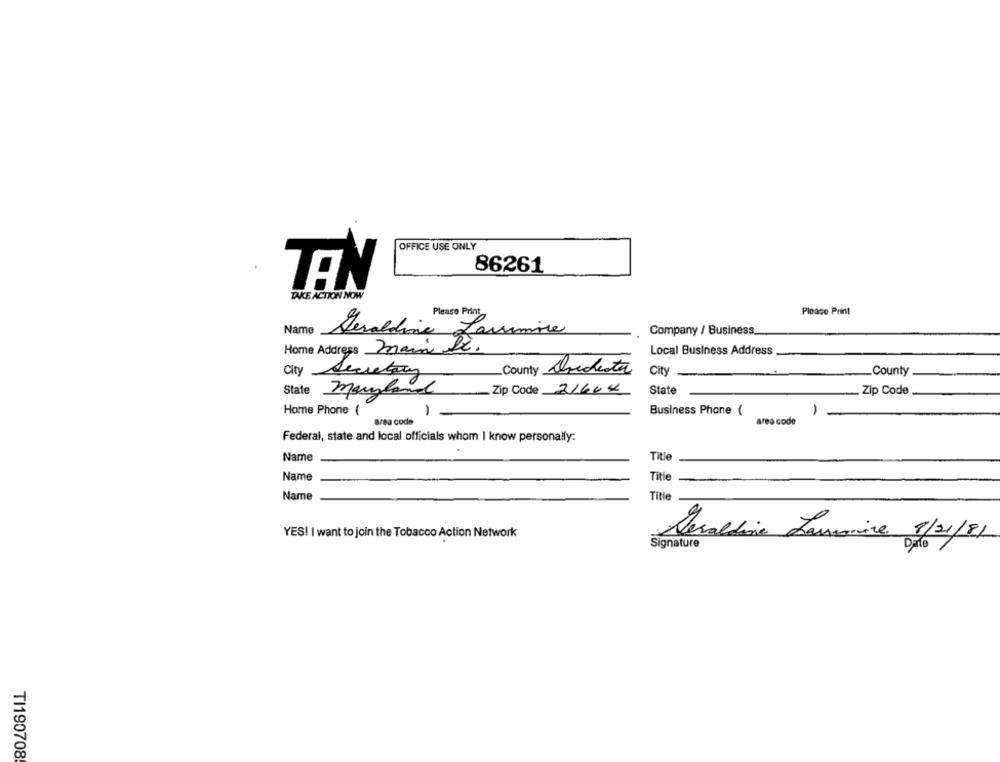
OFFICE USE ONLY
86261
TEN
TAKE ACTION NOW
Please Print
Please Print
Name
Geraldine Larimore
Company / Business
Home Address main De.
Local Business Address
City Secretary
County Drideste
City
County
State
maryland
Zip Code 21644
State
Zip Code.
Home Phone (
-
Business Phone (
-
area code
area code
Federal, state and local officials whom I know personally:
Name
Title
Name
Title
Name
Title
YES! I want to join the Tobacco Action Network
Sevaldina Lamarine 1/21/81
Signature
TI190708